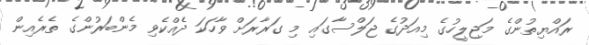
ރައްޔިތުންގެ މަޖިލީހުގެ މިއަދުގެ ޖަލްސާގައި މި ގަރާރަށް ވާހަކަ ދެއްކެވި މެންބަރުންގެ ތެރެއިން